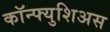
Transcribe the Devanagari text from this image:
कॉन्फ्युशिअस